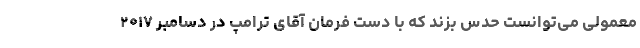
معمولی می‌توانست حدس بزند که با دست فرمان آقای ترامپ در دسامبر ۲۰۱۷